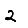
Digit: 2